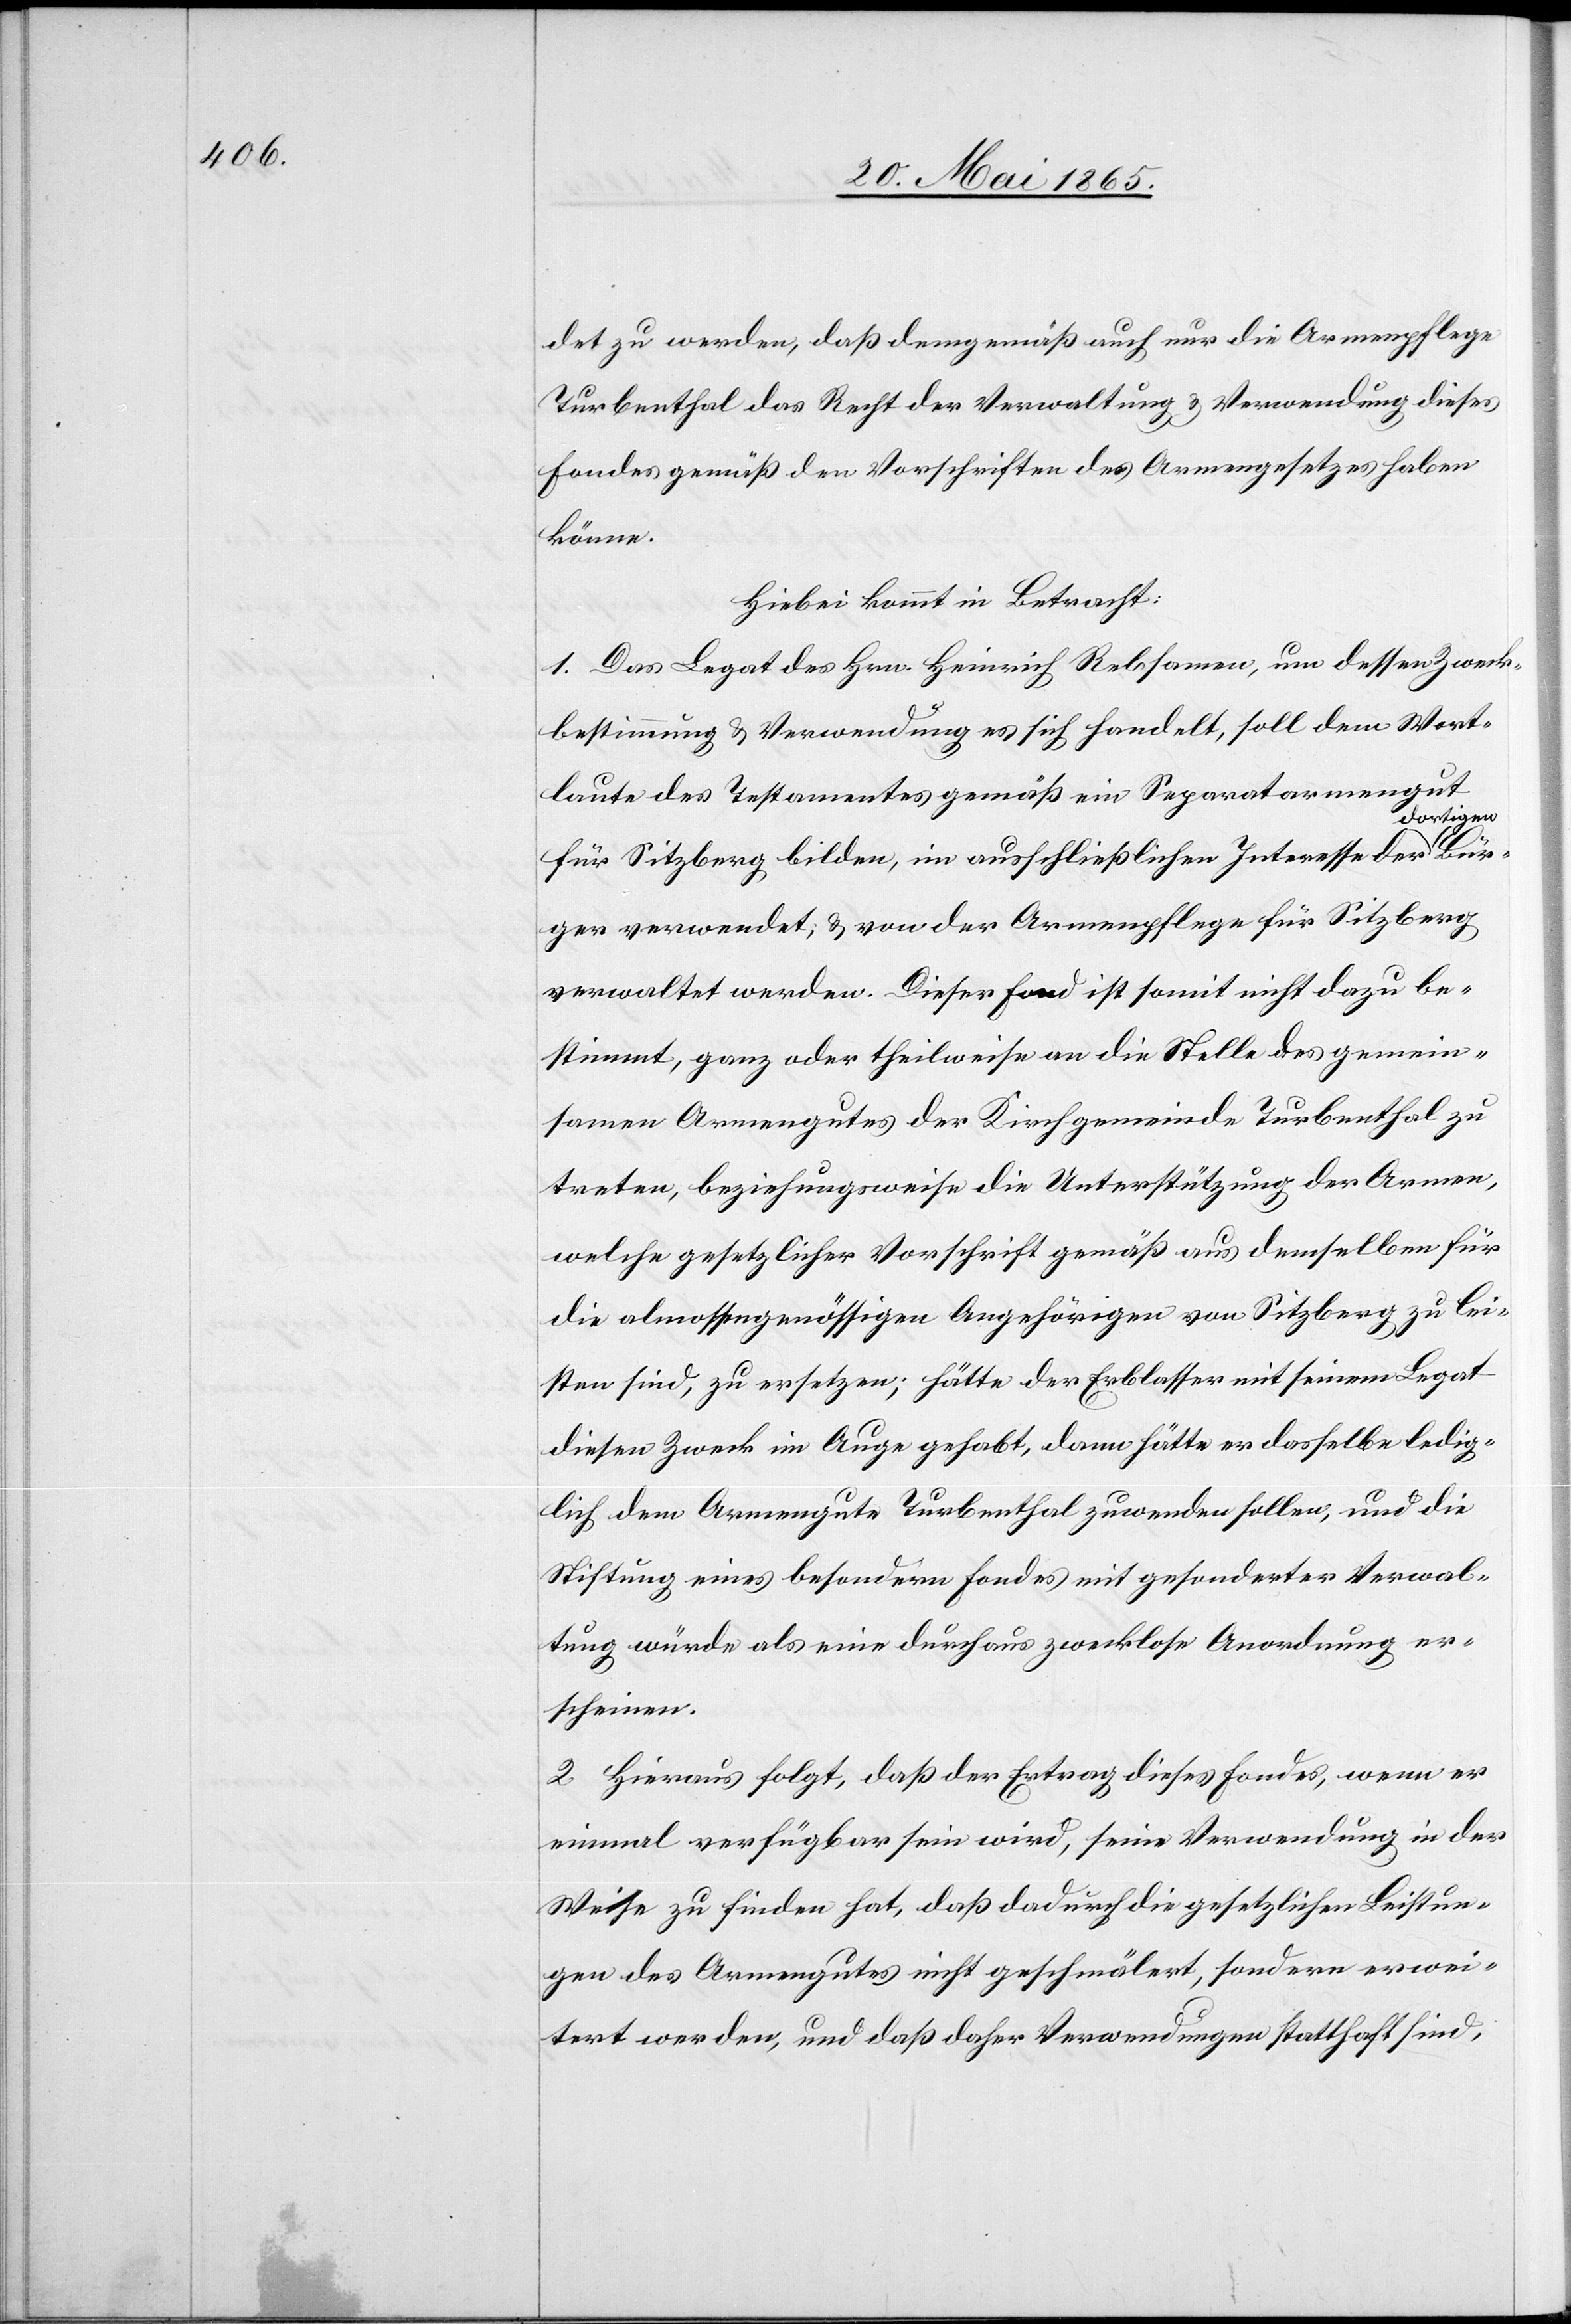
det zu werden, daß demgemäß auch nur die Armenpflege
Turbenthal das Recht der Verwaltung & Verwendung dieses
Fondes gemäß den Vorschriften des Armengesetzes haben
könne.
Hiebei kommt in Betracht:
1. Das Legat des Hrn. Heinrich Rebsamen, um dessen Zweck¬
bestimmung & Verwendung es sich handelt, soll dem Wort¬
laute des Testamentes gemäß ein Separatarmengut
Bür¬
für Sitzberg bilden, im ausschließlichen Interesse der dor¬
ger verwendet, & von der Armenpflege für Sitzberg
verwaltet werden. Dieser Fond ist somit nicht dazu be¬
stimmt, ganz oder theilweise an die Stelle des gemein¬
samen Armengutes der Kirchgemeinde Turbenthal zu
treten, beziehungsweise die Unterstützung der Armen,
welche gesetzlicher Vorschrift gemäß aus demselben für
die almossengenössigen Angehörigen von Sitzberg zu lei¬
sten sind, zu ersetzen; hätte der Erblasser mit seinem Legat
diesen Zweck im Auge gehabt, dann hätte er dasselbe ledig¬
lich dem Armengute Turbenthal zuwenden sollen, und die
Stiftung eines besondern Fondes mit gesonderter Verwal¬
tung würde als eine durchaus zwecklose Anordnung er¬
scheinen.
2. Hieraus folgt, daß der Ertrag dieses Fondes, wenn er
einmal verfügbar sein wird, seine Verwendung in der
Weise zu finden hat, daß dadurch die gesetzlichen Leistun¬
gen des Armengutes nicht geschmälert, sondern erwei¬
tert werden, und daß daher Verwendungen statthaft sind,